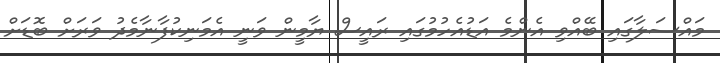
މައްސަލާގައި ބޭއްވި އެންމެ އަޑުއެހުމުގައި ރައީސް ޔާމީން ވަނީ އެމަނިކުފާނާމެދު ވަަރަށް ބޮޑަށް